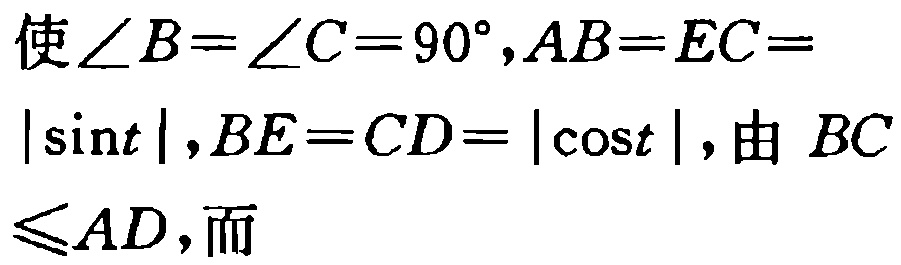
使$\angle B=\angle C = 90^{\circ},AB = EC = |\sin t|,BE = CD = |\cos t|$, 由$BC\leqslant AD$, 而